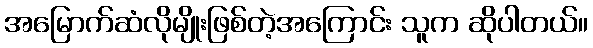
အမြောက်ဆံလိုမျိုးဖြစ်တဲ့အကြောင်း သူက ဆိုပါတယ်။